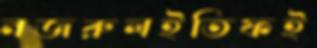
নজরুলইতিফই